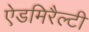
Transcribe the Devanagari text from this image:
ऐडमिरैल्टी